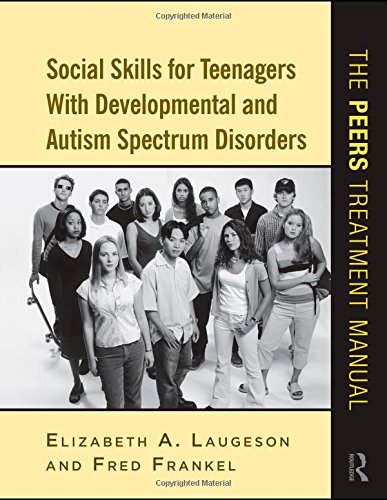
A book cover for Social Skills for Teenagers with Developmental and Autism Spectrum Disorders: The PEERS Treatment Manual; Elizabeth A. Laugeson; Medical Books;